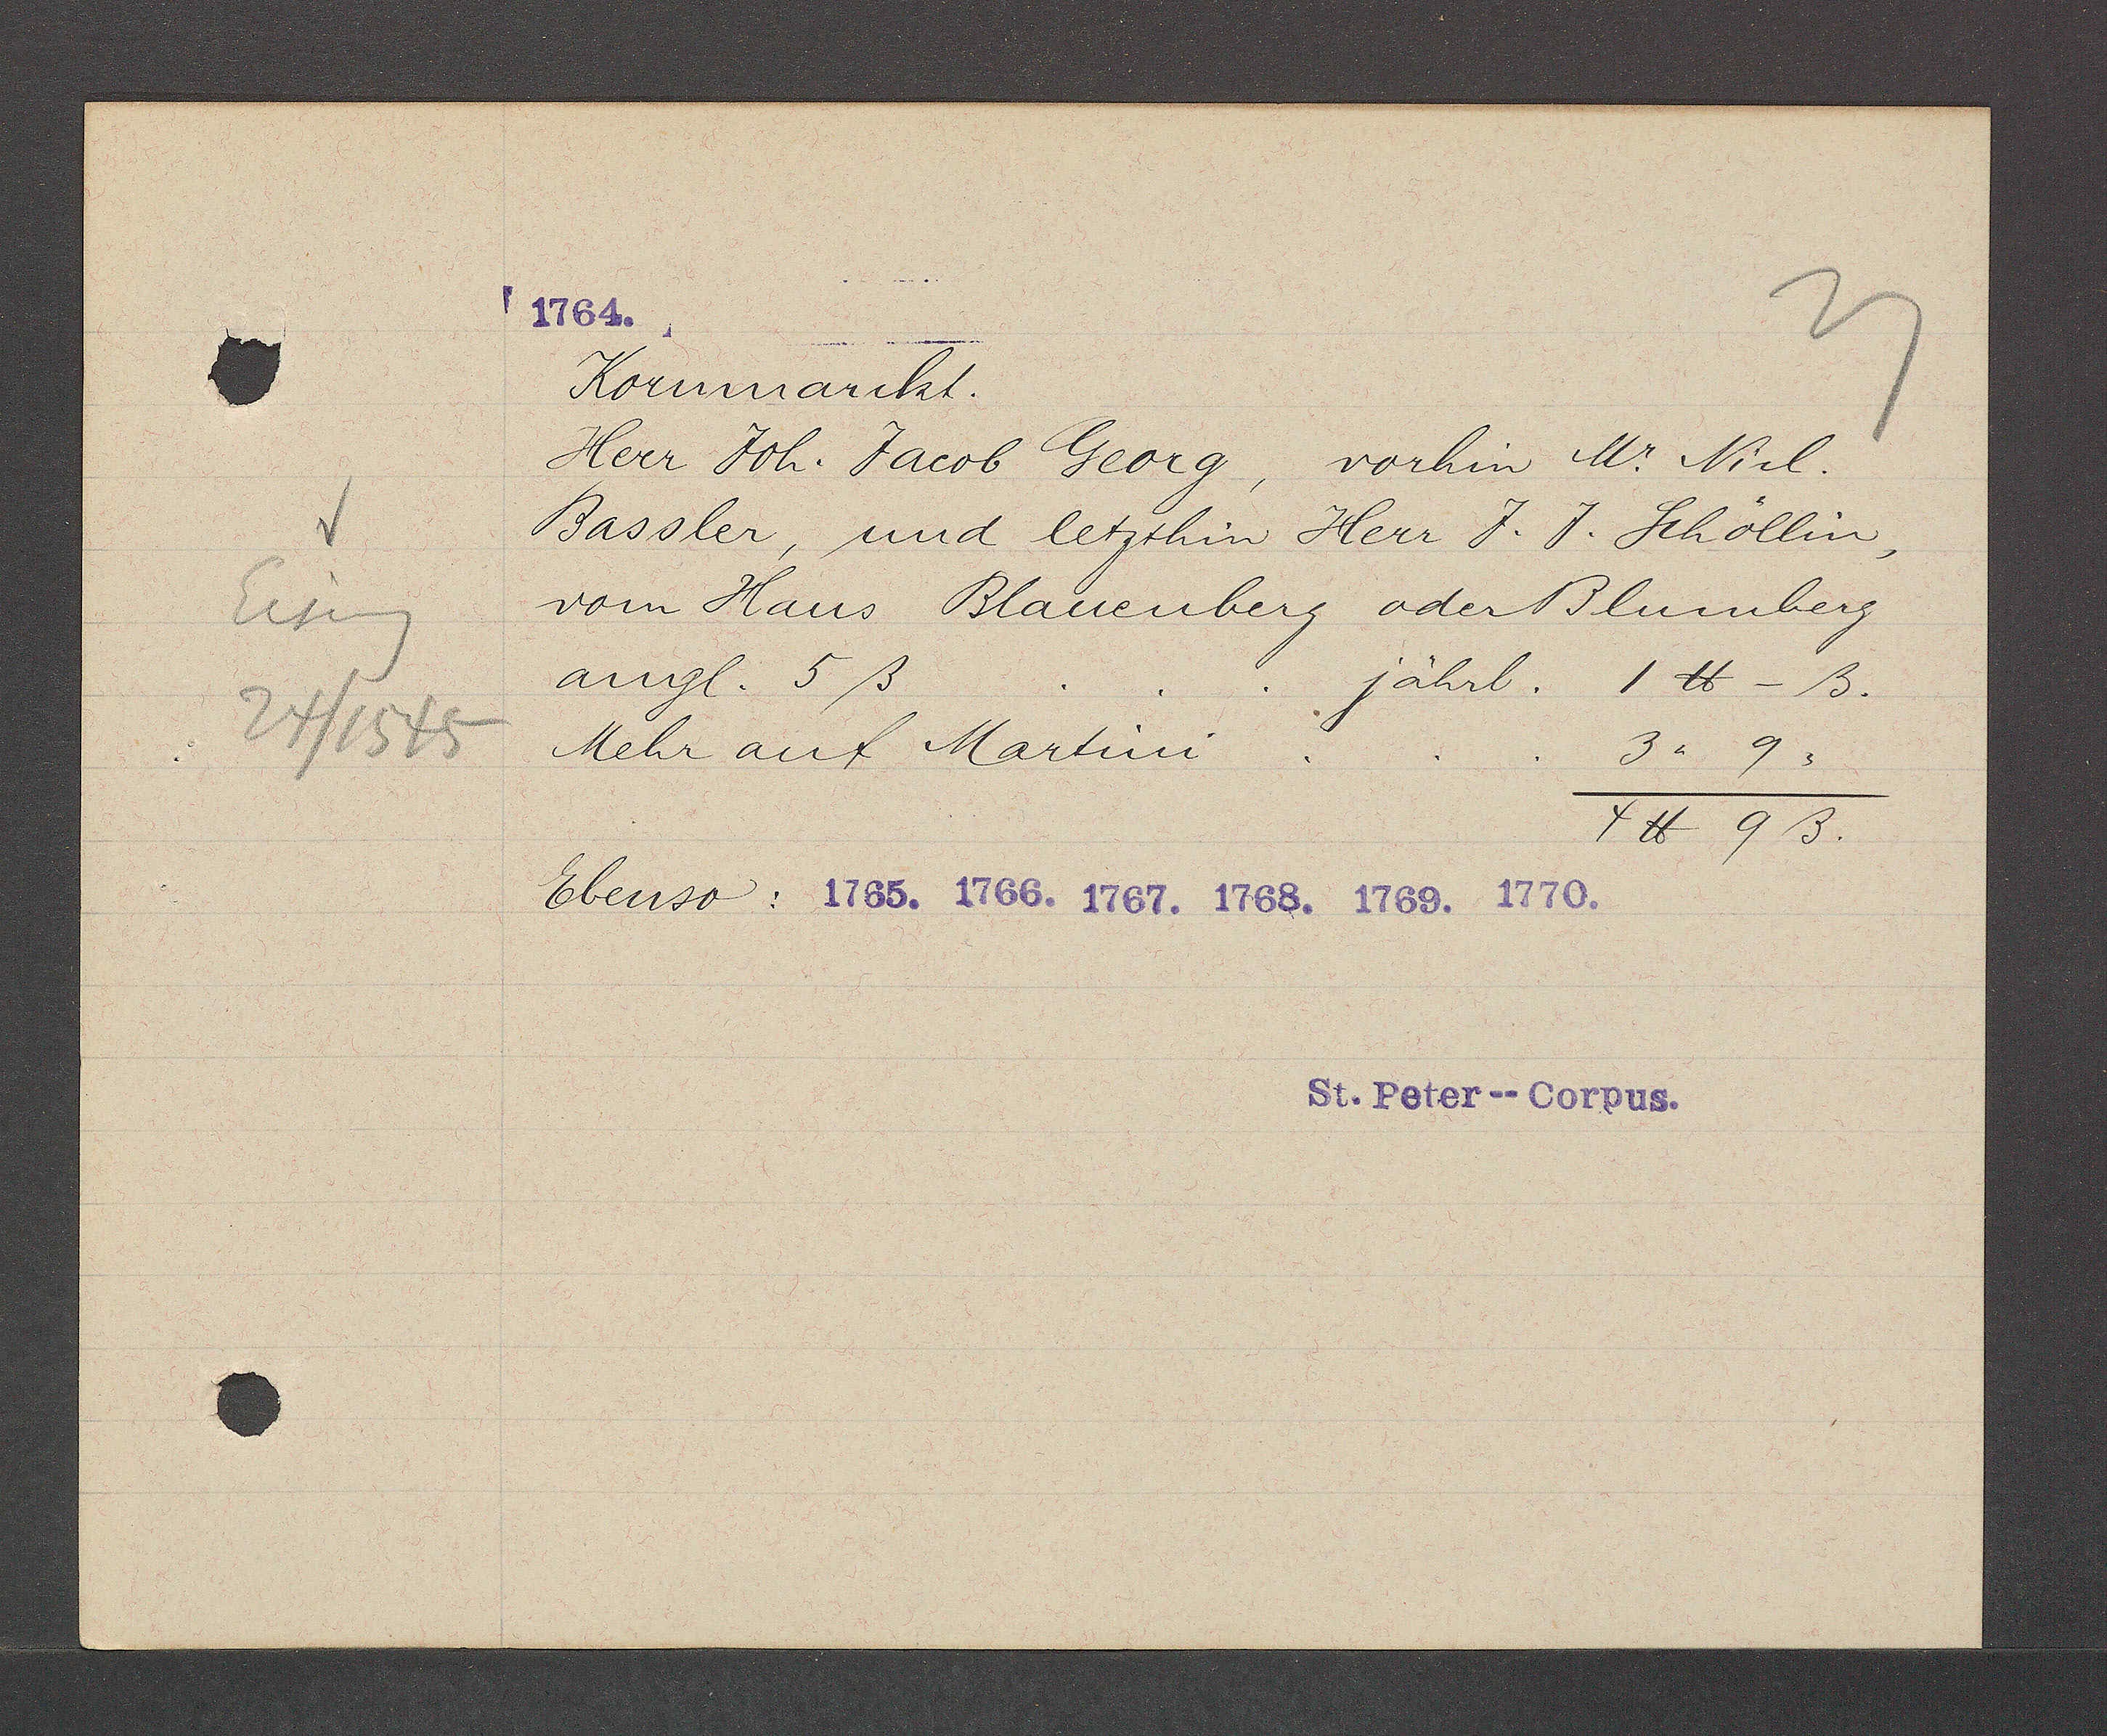
Transcript:
Eiseng
24/1545

Kornmarckt.
Heer Joh. Jacob Georg, vorhin Mr Nicl.
Bassler, und letzthin Herr J. J. Schöllin,
vom Haus Blauenberg oder Blumberg
angl. 5ß
jährl. 1 ℔ - ß.
Mehr auf Martini . . . 3 " 9 "
4℔ 9ß.
Ebenso: